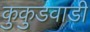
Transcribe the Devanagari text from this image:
कुकुडवाडी